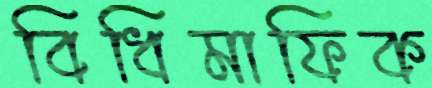
বিধিমাফিক